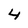
Character: 4